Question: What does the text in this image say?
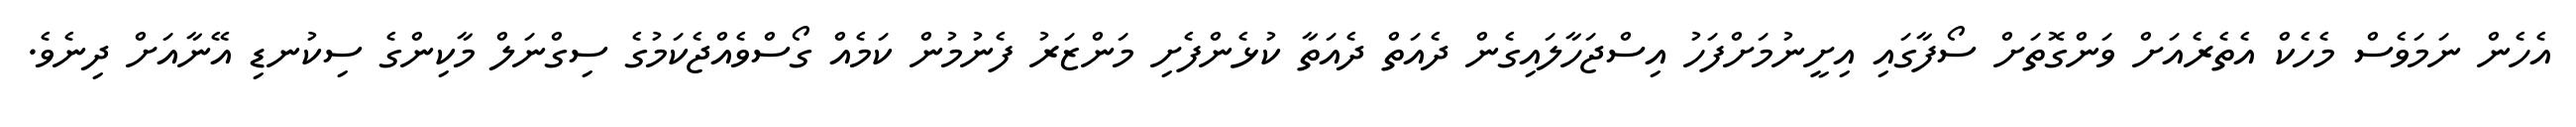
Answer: އެހެން ނަމަވެސް މެހެކް އެތެރެއަށް ވަންގޮތަށް ސޯފާގައި އިށީނުމަށްފަހު އިސްޖަހާލައިގެން ދެއަތް ދެއަތާ ކުޅެންފެށި މަންޒަރު ފެނުމުން ކަމެއް ގޯސްވެއްޖެކަމުގެ ސިގްނަލް މާކިންގެ ސިކުނޑި އޭނާއަށް ދިނެވެ.